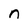
Character: r